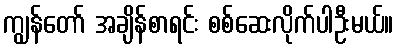
ကျွန်တော် အချိန်စာရင်း စစ်ဆေးလိုက်ပါဦးမယ်။